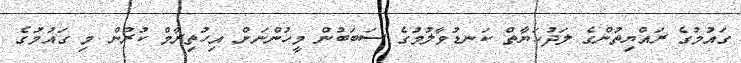
ގައުމުގެ ރައްޔިތުންގެ ލަދުހަޔާތް ކަނޑުވާލުމުގެ ސަބަބުން މީހުންނަށް އިހުތިރާމް ކުރުން މި ގައުމުގެ